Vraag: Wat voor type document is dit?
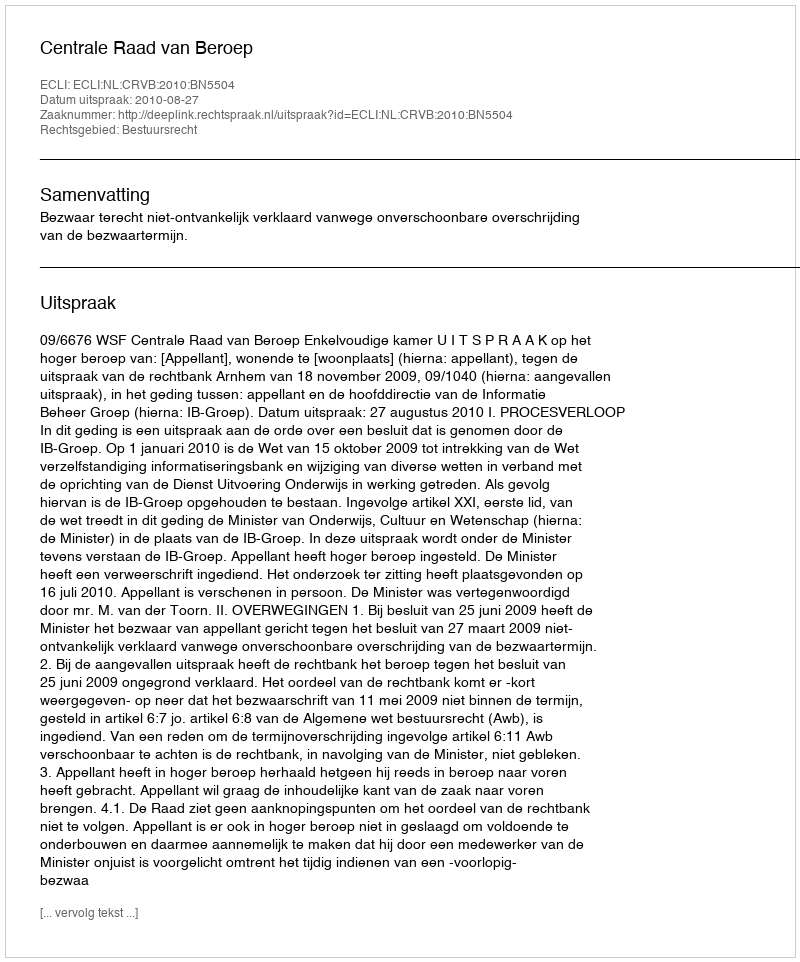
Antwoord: Uitspraak